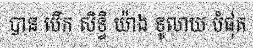
បាន បើក សិទ្ធិ យ៉ាង ទូលាយ បំផុត